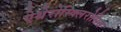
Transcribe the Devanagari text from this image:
ऐथेरोस्क्लिरोसिस